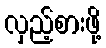
လှည့်စားဖို့